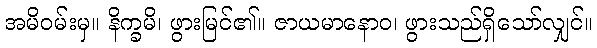
အမိဝမ်းမှ။ နိက္ခမိ၊ ဖွားမြင်၏။ ဇာယမာနောဝ၊ ဖွားသည်ရှိသော်လျှင်။